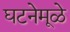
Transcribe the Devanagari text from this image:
घटनेमूळे